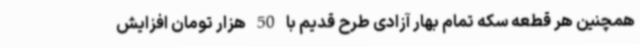
همچنین هر قطعه سکه تمام بهار آزادی طرح قدیم با 50 هزار تومان افزایش